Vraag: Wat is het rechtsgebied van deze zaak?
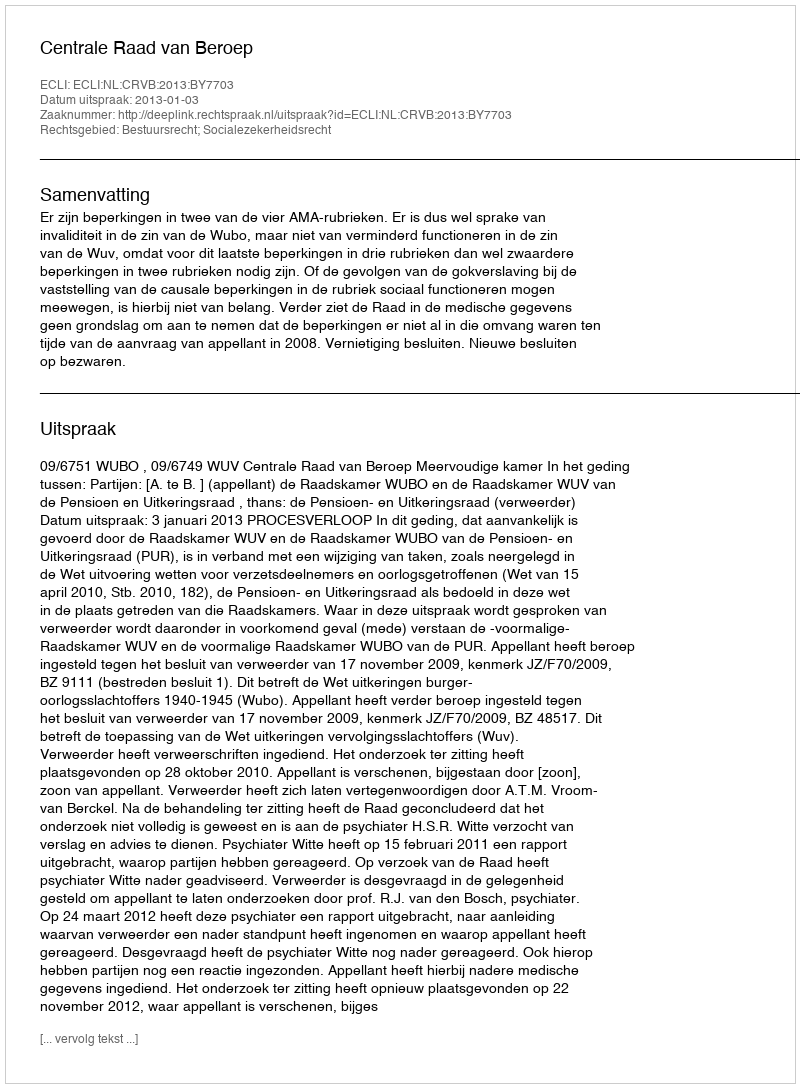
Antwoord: Bestuursrecht; Socialezekerheidsrecht